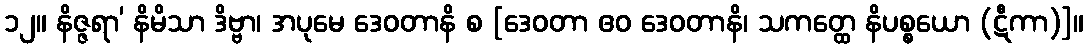
၁၂။ နိဇ္ဇရာ’ နိမိသာ ဒိဗ္ဗာ၊ အပုမေ ဒေဝတာနိ စ [ဒေဝတာ ဧဝ ဒေဝတာနိ၊ သကတ္ထေ နိပစ္စယော (ဋီကာ)]။